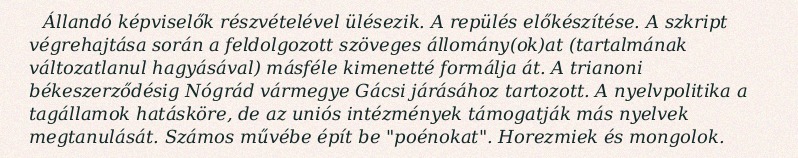
Állandó képviselők részvételével ülésezik. A repülés előkészítése. A szkript végrehajtása során a feldolgozott szöveges állomány(ok)at (tartalmának változatlanul hagyásával) másféle kimenetté formálja át. A trianoni békeszerződésig Nógrád vármegye Gácsi járásához tartozott. A nyelvpolitika a tagállamok hatásköre, de az uniós intézmények támogatják más nyelvek megtanulását. Számos művébe épít be "poénokat". Horezmiek és mongolok.